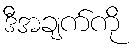
ဒီအချက်ကို